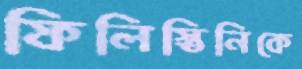
ফিলিস্তিনিকে